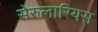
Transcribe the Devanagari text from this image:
सेरुलारियस